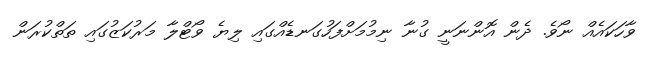
ވާހަކައެއް ނޯވެ. ދެން އޮންނަނީ ގުނާ ނިމުމަށްފަހުގަނޑެއްގައި ލިޔެ ވޯޓްލާ މަރުކަޒުގައި ތަތްކުރަން